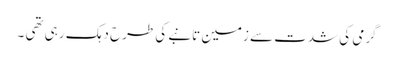
گرمی کی شدت سے زمین تانبے کی طرح دہک رہی تھی ۔